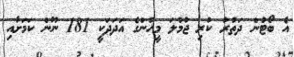
އެ ބޯޓުން ދަތުރު ކުރި ޖުމުލަ މީހުންގެ އަދަދަކީ 181 ނޫން ކަމަށާއި